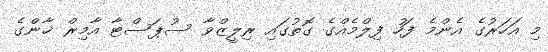
މި އަހަރުގެ އެންމެ ފަހު ފިލްމެއްގެ ގޮތުގައި ރިލީޒްވާ ސުޕަސްޓާ އާމިރް ޚާންގެ